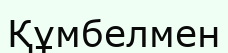
Құмбелмен